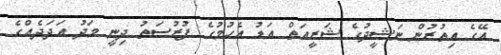
އޭގެ އިތުރުން ނަޝީދުގެ ޝަރީއަތް އަޑު އެހުމުގެ ފުރުސަތު ދިނީ މަދު އަދަދެއްގެ